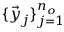
\{ \vec { y } _ { j } \} _ { j = 1 } ^ { n _ { o } }